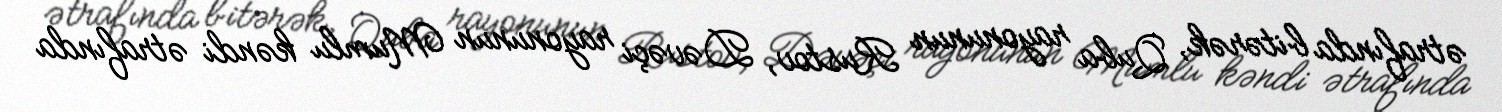
ətrafında bitərək, Quba rayonunun Rustov, Dəvəçi rayonunun Mumlu kəndi ətrafında